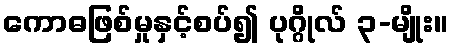
ကောဓဖြစ်မှုနှင့်စပ်၍ ပုဂ္ဂိုလ် ၃-မျိုး။